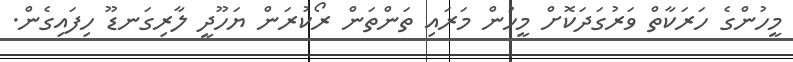
މީހުންގެ ހަރަކާތް ވަރުގަދަކޮށް މީހުން މަރައި ތަންތަން ރޯކުރަން ޔަހޫދީ ލާރިގަނޑޫ ހިފައިގެން.